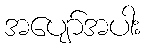
အပျော်အပါး